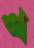
খ